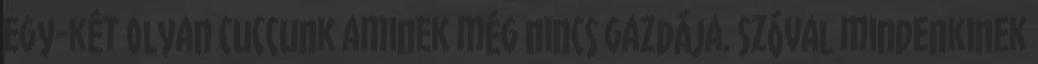
egy-két olyan cuccunk aminek még nincs gazdája. Szóval mindenkinek